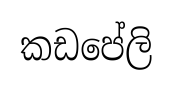
කඩපේලි